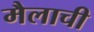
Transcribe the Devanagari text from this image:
मैलाची